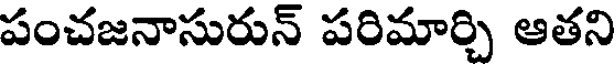
పంచజనాసురున్ పరిమార్చి ఆతని